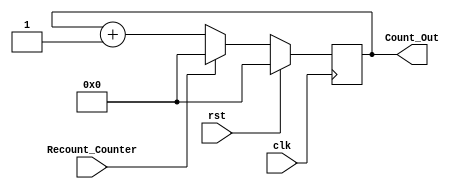
// Counter
module Counter(clk, rst, Recount_Counter, Count_Out);
    input clk, rst, Recount_Counter;
    output [3:0] Count_Out;
    reg [3:0] Count_Out;
    always @(posedge clk)
    begin
        if(rst)
        begin
            Count_Out <= 0;
        end
        else
        begin
            if(Recount_Counter)
                Count_Out <= 0;
	        else
                Count_Out <= Count_Out + 1;
        end
    end
endmodule
// Comparator
module Compare(current_times, RGY, Recount_counter);
    input [2:0] RGY;
    input [3:0] current_times;
    output Recount_counter;
    reg Recount_counter;
    parameter R_times = 4, G_times = 2, Y_times = 0;

    always @(*)
    begin
        case(RGY)
            3'b100:
            begin
                if(current_times == R_times)
                    Recount_counter = 1;
                else
                    Recount_counter = 0;
            end
	        3'b001:
            begin
                if(current_times == Y_times)
                    Recount_counter = 1;
                else
                    Recount_counter = 0;
            end
            3'b010:
            begin
                if(current_times == G_times)
                    Recount_counter = 1;
                else
                    Recount_counter = 0;
            end
            default: 
                Recount_counter = 1;
        endcase
    end
endmodule
// Datapath
module Datapath(clk, rst, RGY, Recount);
    input clk, rst;
    input [2:0] RGY;
    output Recount;
    wire [3:0] Current_times;
    // Module
    Compare compare
    (
        .current_times(Current_times),
        .RGY(RGY),
        .Recount_counter(Recount)
    );
    Counter counter
    (
        .clk(clk),
        .rst(rst),
        .Recount_Counter(Recount),
        .Count_Out(Current_times)
    );
endmodule
// Contorller
module Traffic_Control (clk, rst, Recount_Counter, Red, Green, Yellow);
    input clk, rst, Recount_Counter;
    output Red, Green, Yellow;
    reg Red, Green, Yellow;
    reg [1:0] currentstate, nextstate;
    parameter [1:0] Red_Light = 0, Green_Light = 1, 
                    Yellow_Light = 2;
    // State Register (Flip-Flops)
    always @(posedge clk)
    begin
        if(rst)
            currentstate <= Red_Light;
        else
            currentstate <= nextstate;
    end
    // Next State Logic
    always @(*)
    begin
        case(currentstate)
            Red_Light:
            begin
                if(Recount_Counter)
                    nextstate = Green_Light;
                else
                    nextstate = Red_Light; 
            end
            Green_Light:
            begin
                if(Recount_Counter)
                    nextstate = Yellow_Light;
                else
                    nextstate = Green_Light; 
            end
	        Yellow_Light:
            begin
                if(Recount_Counter)
                    nextstate = Red_Light;
                else
                    nextstate = Yellow_Light; 
            end
            default: 
                nextstate = Red_Light;
        endcase
    end
    // Output Logic
    always @(currentstate)
    begin
        case(currentstate)
            Red_Light:
            begin
                Red = 1'b1;
                Green = 1'b0;
                Yellow = 1'b0;
            end
            Green_Light:
            begin
                Red = 1'b0;
                Green = 1'b1;
                Yellow = 1'b0;
            end
	        Yellow_Light:
            begin
                Red = 1'b0;
                Green = 1'b0;
                Yellow = 1'b1;
            end
            default:
            begin
                Red = 1'b0;
                Green = 1'b0;
                Yellow = 1'b0;
            end
        endcase
    end
endmodule
// Traffic Light
module TrafficLight(clk, rst, Red, Green, Yellow);
    input clk, rst;
    output Red, Green, Yellow;
    wire Recount_counter; 
    // Module
    Traffic_Control controller
    (
        .clk(clk),
        .rst(rst),
        .Recount_Counter(Recount_counter),
        .Red(Red),
        .Green(Green),
        .Yellow(Yellow)
    );
    Datapath datapath
    (
        .clk(clk),
        .rst(rst),
        .RGY({Red,Green,Yellow}),
        .Recount(Recount_counter)
    );
endmodule